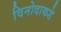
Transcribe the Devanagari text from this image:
विनोदाकडे